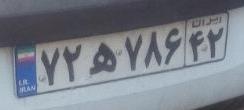
۷۲ه۷۸۶۴۲